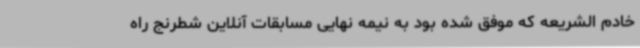
خادم الشریعه که موفق شده بود به نیمه نهایی مسابقات آنلاین شطرنج راه